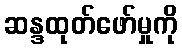
ဆန္ဒထုတ်ဖော်မှုကို